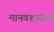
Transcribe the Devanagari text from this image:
मानवशासक